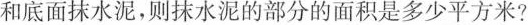
若在四周和底面抹水泥，则抹水泥的部分的面积是多少平方米?